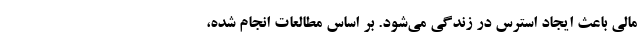
مالی باعث ایجاد استرس در زندگی می‌شود. بر اساس مطالعات انجام شده،